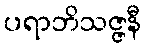
ပရာဘိသဇ္ဇနီ